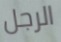
الرجل